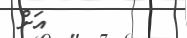
އަށް